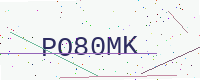
Text: PO80MK